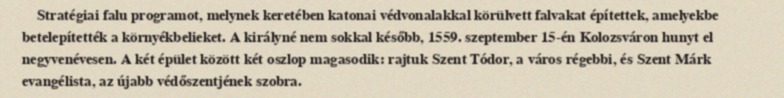
Stratégiai falu programot, melynek keretében katonai védvonalakkal körülvett falvakat építettek, amelyekbe betelepítették a környékbelieket. A királyné nem sokkal később, 1559. szeptember 15-én Kolozsváron hunyt el negyvenévesen. A két épület között két oszlop magasodik: rajtuk Szent Tódor, a város régebbi, és Szent Márk evangélista, az újabb védőszentjének szobra.